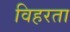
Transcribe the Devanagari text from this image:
विहरता